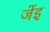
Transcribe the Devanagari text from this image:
जेंइ